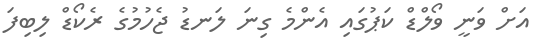
އަށް ވަނީ ވޯލްޑް ކަޕުގައި އެންމެ ގިނަ ލަނޑު ޖެހުމުގެ ރެކޯޑް ލިބިފަ